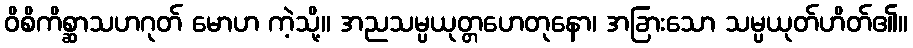
ဝိစိကိစ္ဆာသဟဂုတ် မောဟ ကဲ့သို့။ အညသမ္ပယုတ္တဟေတုနော၊ အခြားသော သမ္ပယုတ်ဟိတ်၏။